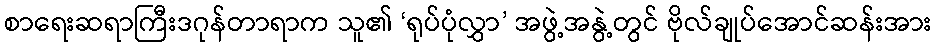
စာရေးဆရာကြီးဒဂုန်တာရာက သူ၏ ‘ရုပ်ပုံလွှာ’ အဖွဲ့အနွဲ့တွင် ဗိုလ်ချုပ်အောင်ဆန်းအား